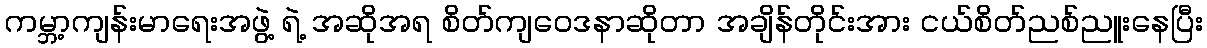
ကမ္ဘာ့ကျန်းမာရေးအဖွဲ့ ရဲ့ အဆိုအရ စိတ်ကျဝေဒနာဆိုတာ အချိန်တိုင်းအား ငယ်စိတ်ညစ်ညူးနေပြီး